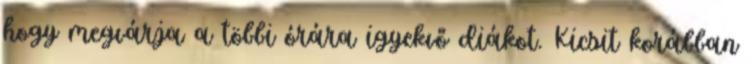
hogy megvárja a többi órára igyekvő diákot. Kicsit korábban